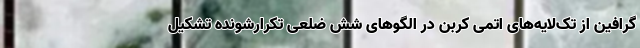
گرافین از تک‌لایه‌های اتمی کربن در الگوهای شش ضلعی تکرارشونده تشکیل